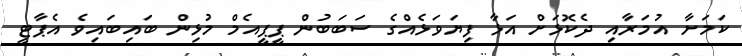
ކަމަށާ އުމަރާއި ދެކޮޅަށް އަޅާ ފިޔަވަޅެއްގެ ސަބަބުން ޕީޕީއެމް މުޅިން ބައިބައިވެ އެޕާޓީ